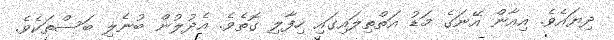
ދިޔައެވެ. އިއާން އޭނަގެ މަޑު އަތްތިލައިގައި ހިފާލި ގޮތެވެ. އެދުލުން ބުނެލި ބަސްތަކެވެ.